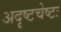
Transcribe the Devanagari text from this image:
अदृष्टचेष्टः